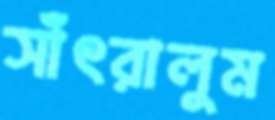
সাঁৎরালুম